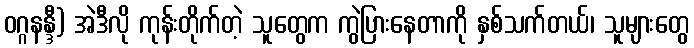
ဝဂ္ဂနန္ဒီ) အဲဒီလို ကုန်းတိုက်တဲ့ သူတွေက ကွဲပြားနေတာကို နှစ်သက်တယ်၊ သူများတွေ